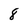
Character: 8